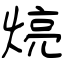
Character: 煷